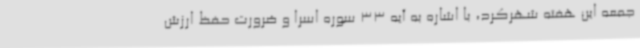
جمعه این هفته شهرکرد، با اشاره به آیه 33 سوره اسرا و ضرورت حفظ ارزش